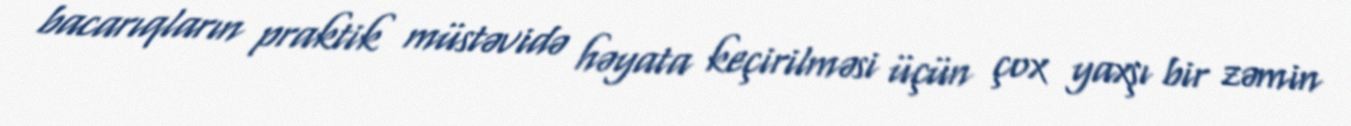
bacarıqların praktik müstəvidə həyata keçirilməsi üçün çox yaxşı bir zəmin